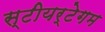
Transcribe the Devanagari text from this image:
स्टीयर्टेगम